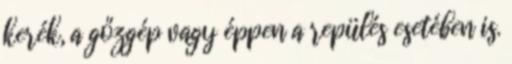
kerék, a gőzgép vagy éppen a repülés esetében is.